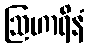
ဩဟာရိနံ